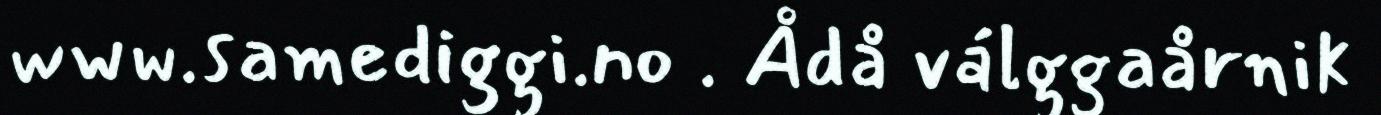
www.samediggi.no . Ådå válggaårnik